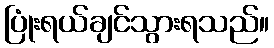
ပြုံးရယ်ချင်သွားရသည်။